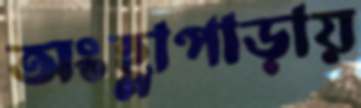
অংহ্লাপাড়ায়